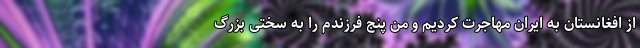
از افغانستان به ایران مهاجرت کردیم و من پنج فرزندم را به سختی بزرگ